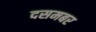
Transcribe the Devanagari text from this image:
दसमबर